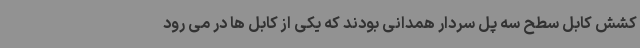
کشش کابل سطح سه پل سردار همدانی بودند که یکی از کابل ها در می رود